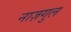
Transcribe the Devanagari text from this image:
नाज़गुल